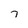
Character: 7